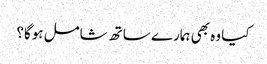
کیا وہ بھی ہمارے ساتھ شامل ہوگا؟